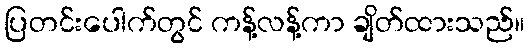
ပြတင်းပေါက်တွင် ကန့်လန့်ကာ ချိတ်ထားသည်။